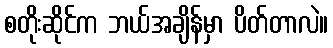
စတိုးဆိုင်က ဘယ်အချိန်မှာ ပိတ်တာလဲ။